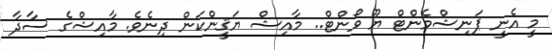
މީ އެނީ ޕަނިޝްމެންޓް ޔޫ ވޯންޓް.. މާއިޝް ޔަޤީންކަން ދިނެވެ. މާއިޝްގެ ސާދާ